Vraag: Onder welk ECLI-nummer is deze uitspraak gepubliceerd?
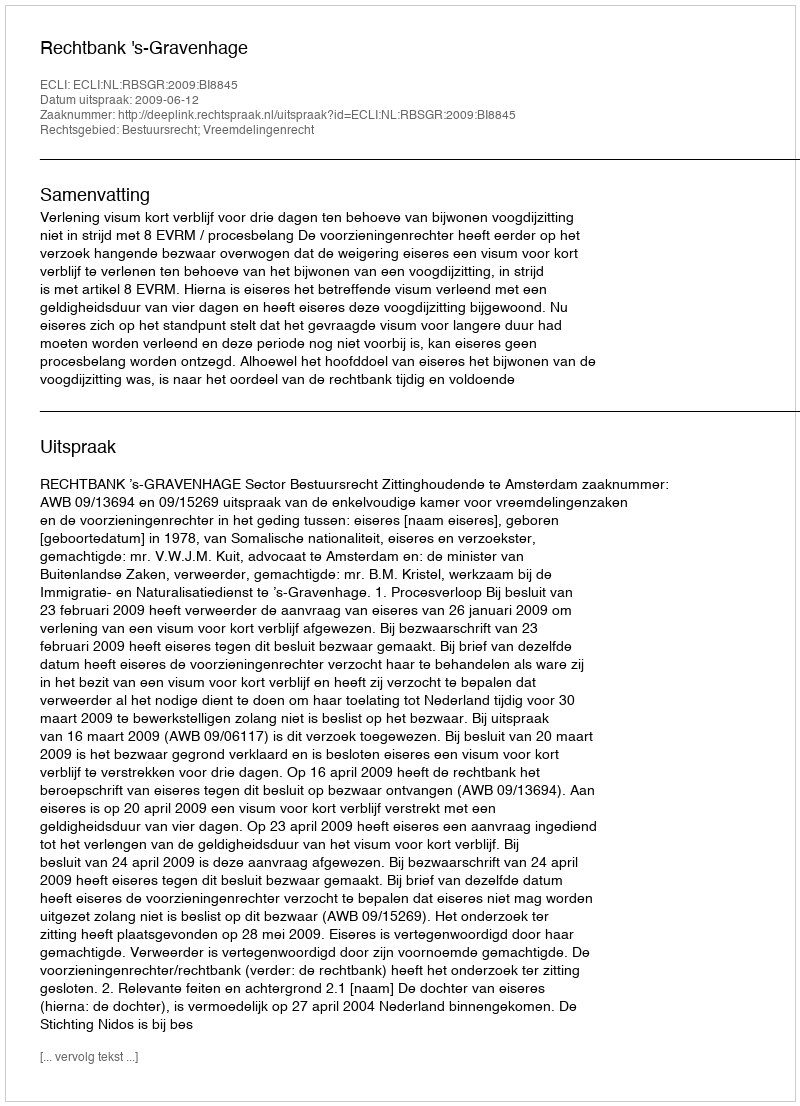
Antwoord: ECLI:NL:RBSGR:2009:BI8845